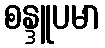
စန္ဒူပမာ